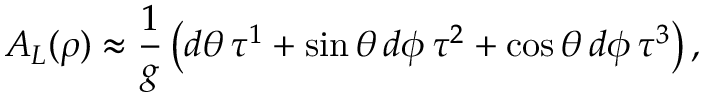
A _ { L } ( \rho ) \approx \frac { 1 } { g } \left( d \theta \, \tau ^ { 1 } + \sin \theta \, d \phi \, \tau ^ { 2 } + \cos \theta \, d \phi \, \tau ^ { 3 } \right) ,